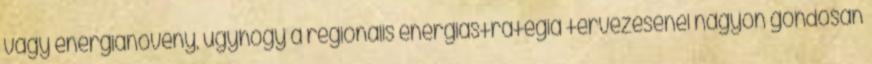
vagy energianövény, úgyhogy a regionális energiastratégia tervezésénél nagyon gondosan